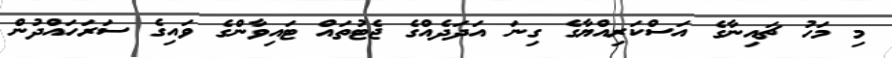
މި މަހު ޗައިނާގެ އަސްކަރިއްޔާގެ ގިނަ އަދަދެއްގެ ޖެޓުތައް ޓައިވާންގެ ވައިގެ ސަރަހައްދުން